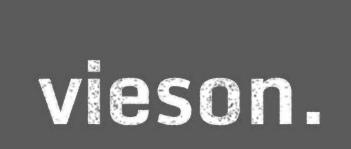
vieson.